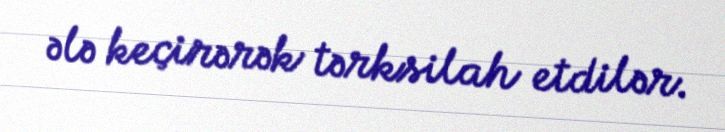
ələ keçirərək tərksilah etdilər.